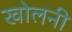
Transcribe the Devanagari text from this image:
खोलनी